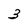
Character: 3